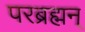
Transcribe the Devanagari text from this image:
परब्रह्मन्